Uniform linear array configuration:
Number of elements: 24
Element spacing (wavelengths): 0.75
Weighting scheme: hamming
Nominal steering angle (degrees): -30
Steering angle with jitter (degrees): -29.93
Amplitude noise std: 0.05
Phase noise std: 0.05

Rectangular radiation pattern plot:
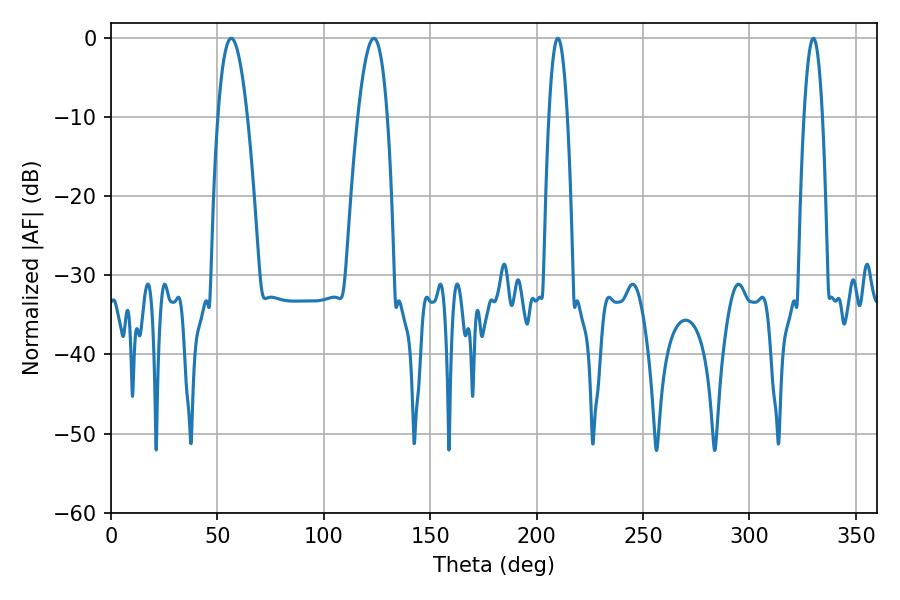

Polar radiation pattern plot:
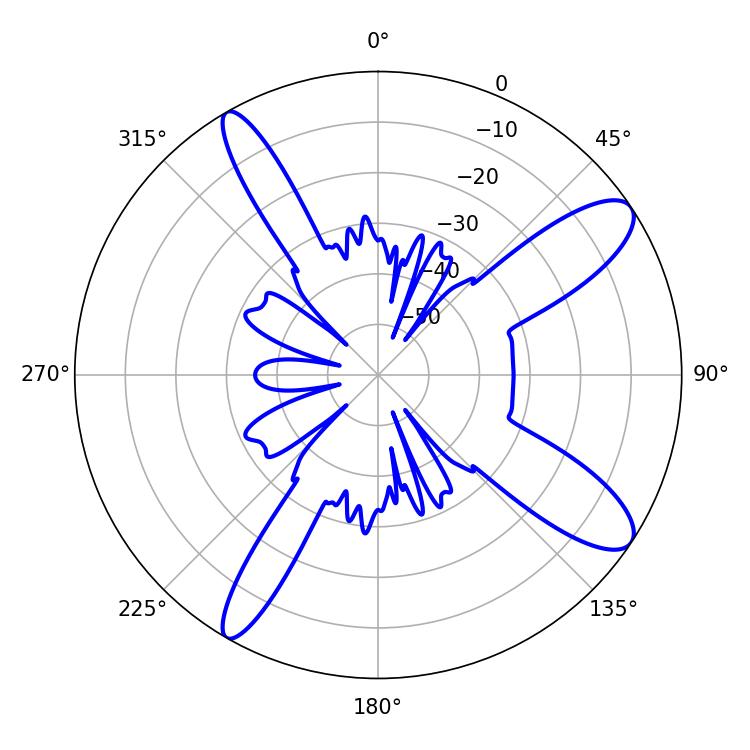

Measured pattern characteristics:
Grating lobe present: TRUE
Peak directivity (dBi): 11.266
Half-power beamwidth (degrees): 7.56
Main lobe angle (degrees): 56.52